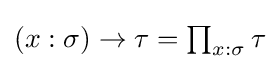
{\textstyle (x:\sigma )\to \tau =\prod _{x:\sigma }\tau }